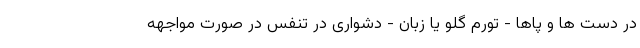
در دست ها و پاها - تورم گلو یا زبان - دشواری در تنفس در صورت مواجهه